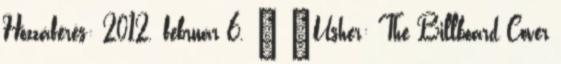
Hozzáférés: 2012. február 6. ↑ „Usher: The Billboard Cover